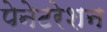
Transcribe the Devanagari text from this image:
पेनेटरेशन